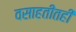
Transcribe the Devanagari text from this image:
वसाहतीतही